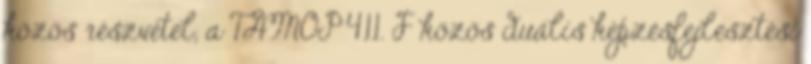
közös részvétel, a TAMOP 4.1.1. F közös duális képzésfejlesztési